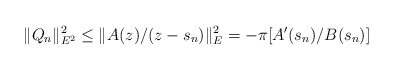
\begin{align*} \|Q_n\|_{E^2}^2\leq \|A(z)/(z-s_n)\|^2_E=-\pi [A'(s_n)/B(s_n)] \end{align*}